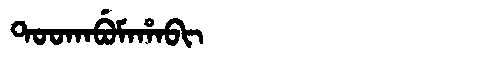
Manchu: ᡨᠣᠣᡴᠠᠪᡠᠮᠠᡥᠠᠪᡳ
Romanization: TOOKABUMAHABI